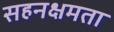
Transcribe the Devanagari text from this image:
सहनक्षमता